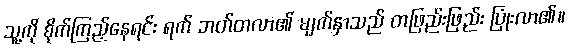
သူ့ကို စိုက်ကြည့်နေရင်း ရက် ဘတ်တလာ၏ မျက်နှာသည် တဖြည်းဖြည်း ပြုံးလာ၏။